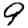
Digit: 9